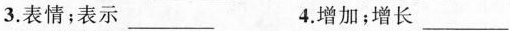
3.表情；表示___ 4.增加；增长___